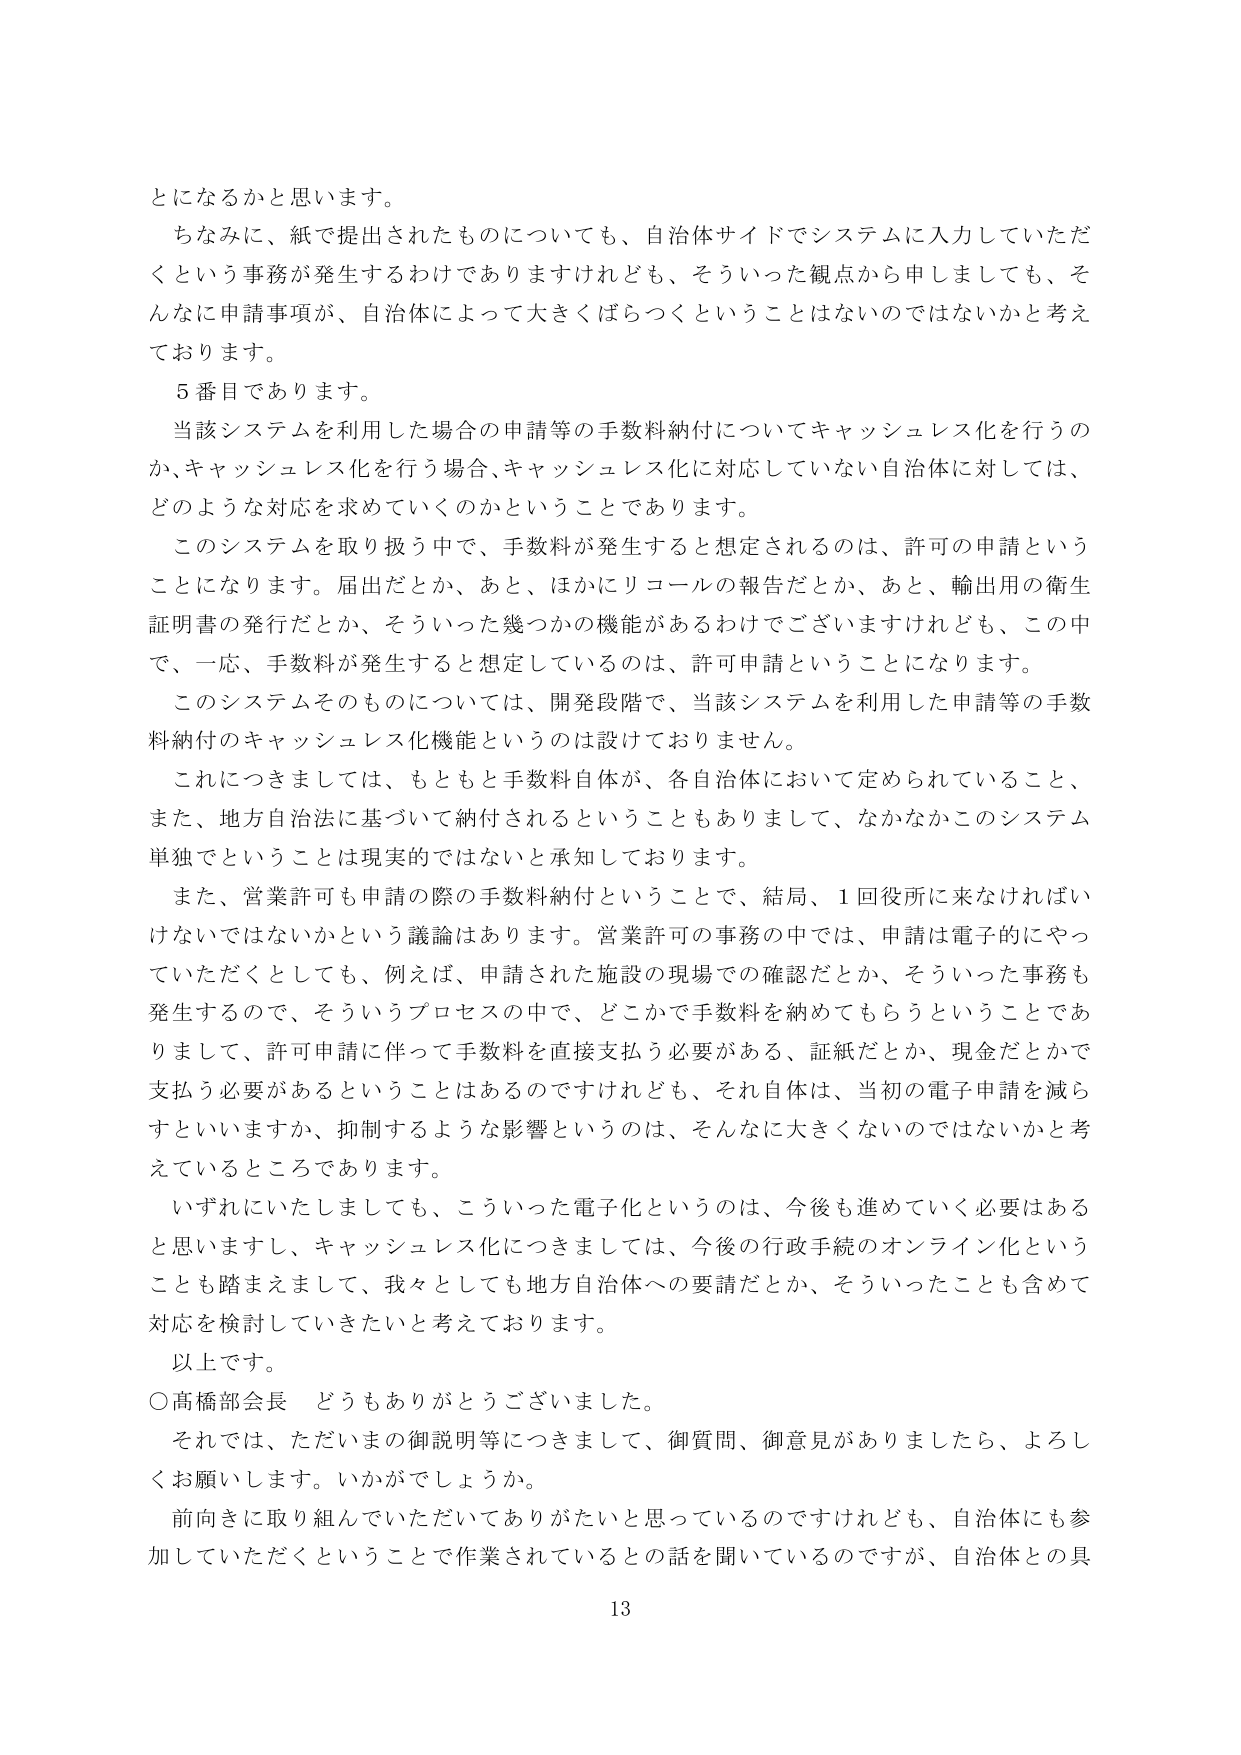
とになるかと思います。

ちなみに、紙で提出されたものについても、自治体サイドでシステムに入力していただくという事務が発生するわけでありますけれども、そういった観点から申ししましても、そんなに申請事項が、自治体によって大きくばらつくということはないのではないかと考えております。

５番目であります。

当該システムを利用した場合の申請等の手数料納付についてキャッシュレス化を行うのか、キャッシュレス化を行う場合、キャッシュレス化に対応していない自治体に対しては、どのような対応を求めていくのかということであります。

このシステムを取り扱う中で、手数料が発生すると想定されるのは、許可の申請ということになります。届出だとか、あと、ほかにリコールの報告だとか、あと、輸出用の衛生証明書の発行だとか、そういった幾つかの機能があるわけでございますけれども、この中で、一応、手数料が発生すると想定しているのは、許可申請ということになります。

このシステムそのものについては、開発段階で、当該システムを利用した申請等の手数料納付のキャッシュレス化機能というのは設けておりません。

これにつきましては、もともと手数料自体が、各自治体において定められていること、また、地方自治法に基づいて納付されるということもありまして、なかなかこのシステム単独でということは現実的ではないと承知しております。

また、営業許可も申請の際の手数料納付ということで、結局、１回役所に来なければいけないではないかという議論はあります。営業許可の事務の中では、申請は電子的にやっていただくとしても、例えば、申請された施設の現場での確認だとか、そういった事務も発生するので、そういうプロセスの中で、どこかで手数料を納めてもらうということであリまして、許可申請に伴って手数料を直接支払う必要がある、証紙だとか、現金だとかで支払う必要があるということはあるのですけれども、それ自体は、当初の電子申請を減らすといいますか、抑制するような影響というのは、そんなに大きくないのではないかと考えているところであります。

いずれにいたしましても、こういった電子化というのは、今後も進めていく必要はあると思いますし、キャッシュレス化につきましては、今後の行政手続のオンライン化ということも踏まえまして、我々としても地方自治体への要請だとか、そういったことも含めて対応を検討していきたいと考えております。

以上です。

○高橋部会長 どうもありがとうございました。

それでは、ただいまの御説明等につきまして、御質問、御意見がありましたら、よろしくお願いします。いかがでしょうか。

前向きに取り組んでいただいてありがたいと思っているのですけれども、自治体にも参加していただくということで作業されているとの話を聞いているのですが、自治体との具

13